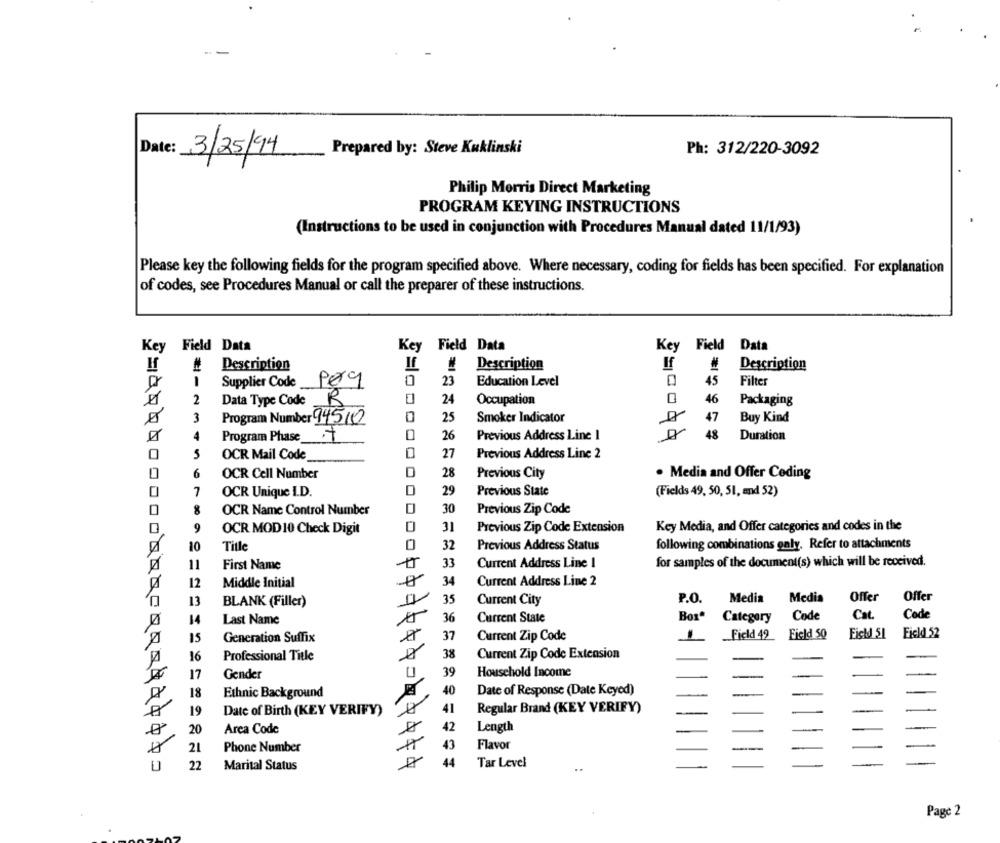
Date:
3/25/94
Prepared by: Steve Kuklinski
Ph: 312/220-3092
Philip Morris Direct Marketing
PROGRAM KEYING INSTRUCTIONS
(Instructions to be used in conjunction with Procedures Manual dated 11/1/93)
Please key the following fields for the program specified above. Where necessary, coding for fields has been specified. For explanation
of codes, see Procedures Manual or call the preparer of these instructions.
Key Field Data
Key Field Data
Key Field Data
H
Description
If
Description
If
#
Description
0
45
Supplier Code _
23
Education Level
Filter
2
Data Type Code_
R
24
Occupation
46
Packaging
3
Program Number 94510
0
25
Smoker Indicator
47
Buy Kind
Program Phase
26
Previous Address Line 1
48
Duration
0
5
OCR Mail Code
27
Previous Address Line 2
6
28
0
OCR Cell Number
Previous City
. Media and Offer Coding
0
7
OCR Unique I.D.
29
Previous State
(Fields 49, 50, 51, and 52)
8
OCR Name Control Number
30
Previous Zip Code
9
OCR MOD 10 Check Digit
31
Previous Zip Code Extension
Key Media, and Offer categories and codes in the
10
Title
32
Previous Address Status
following combinations galy. Refer to attachments
11
First Name
33
Current Address Line 1
for samples of the document(s) which will be received.
12
34
Current Address Line 2
Middle Initial
13
35
P.O.
Media
Medis
Offer
Offer
BLANK (Filler)
Current City
36
Code
Cat.
Code
14
Last Name
Current State
Box" Category
Fickd 51
15
Generation Suffix
37
Current Zip Code
IL Field 42
Field 50
Field 52
16
Professional Title
38
Current Zip Code Extension
17
Gender
39
Household Income
40
Date of Response (Date Keyed)
18
Ethnic Background
41
Regular Brand (KEY VERIFY)
19
Date of Birth (KEY VERIFY)
42
20
Area Code
Length
21
Phone Number
43
Flavor
22
Marital Status
44
Tar Level
Page 2